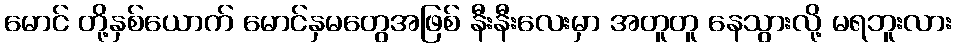
မောင် တို့နှစ်ယောက် မောင်နှမတွေအဖြစ် နီးနီးလေးမှာ အတူတူ နေသွားလို့ မရဘူးလား